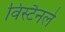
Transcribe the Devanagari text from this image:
विंस्टैनले